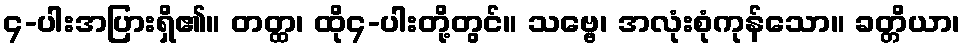
၄-ပါးအပြားရှိ၏။ တတ္ထ၊ ထို၄-ပါးတို့တွင်။ သဗ္ဗေ၊ အလုံးစုံကုန်သော။ ခတ္တိယာ၊